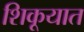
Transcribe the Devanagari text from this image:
शिकूयात